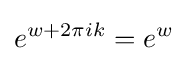
e^{w+2\pi ik}=e^{w}